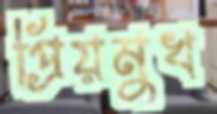
প্রিয়মুখ